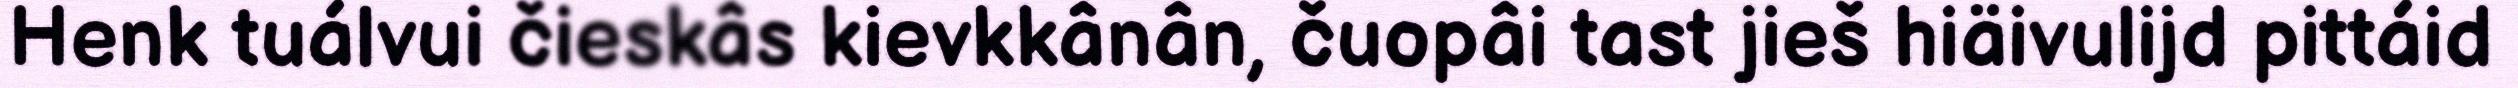
Henk tuálvui čieskâs kievkkânân, čuopâi tast jieš hiäivulijd pittáid